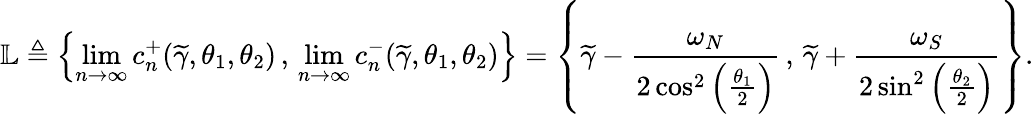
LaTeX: \mathbb{L}\triangleq\left\lbrace\operatorname*{lim}_{n\to\infty}c_{n}^{+}(\widetilde{\gamma},\theta_{1},\theta_{2})\, ,\, \operatorname*{lim}_{n\to\infty}c_{n}^{-}(\widetilde{\gamma},\theta_{1},\theta_{2})\right\rbrace=\left\lbrace\widetilde{\gamma}-\frac{\omega_{N}}{2\cos^{2}\left(\frac{\theta_{1}}{2}\right)}\, ,\, \widetilde{\gamma}+\frac{\omega_{S}}{2\sin^{2}\left(\frac{\theta_{2}}{2}\right)}\right\rbrace.